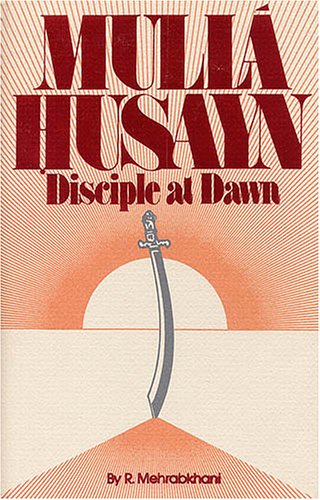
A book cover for Mulla Husayn: Disciple at Dawn; R. Mehrabkhani; Religion & Spirituality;